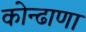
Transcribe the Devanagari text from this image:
कोन्ढाणा